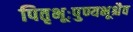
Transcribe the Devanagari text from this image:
पितृभूःपुण्यभूश्चैव